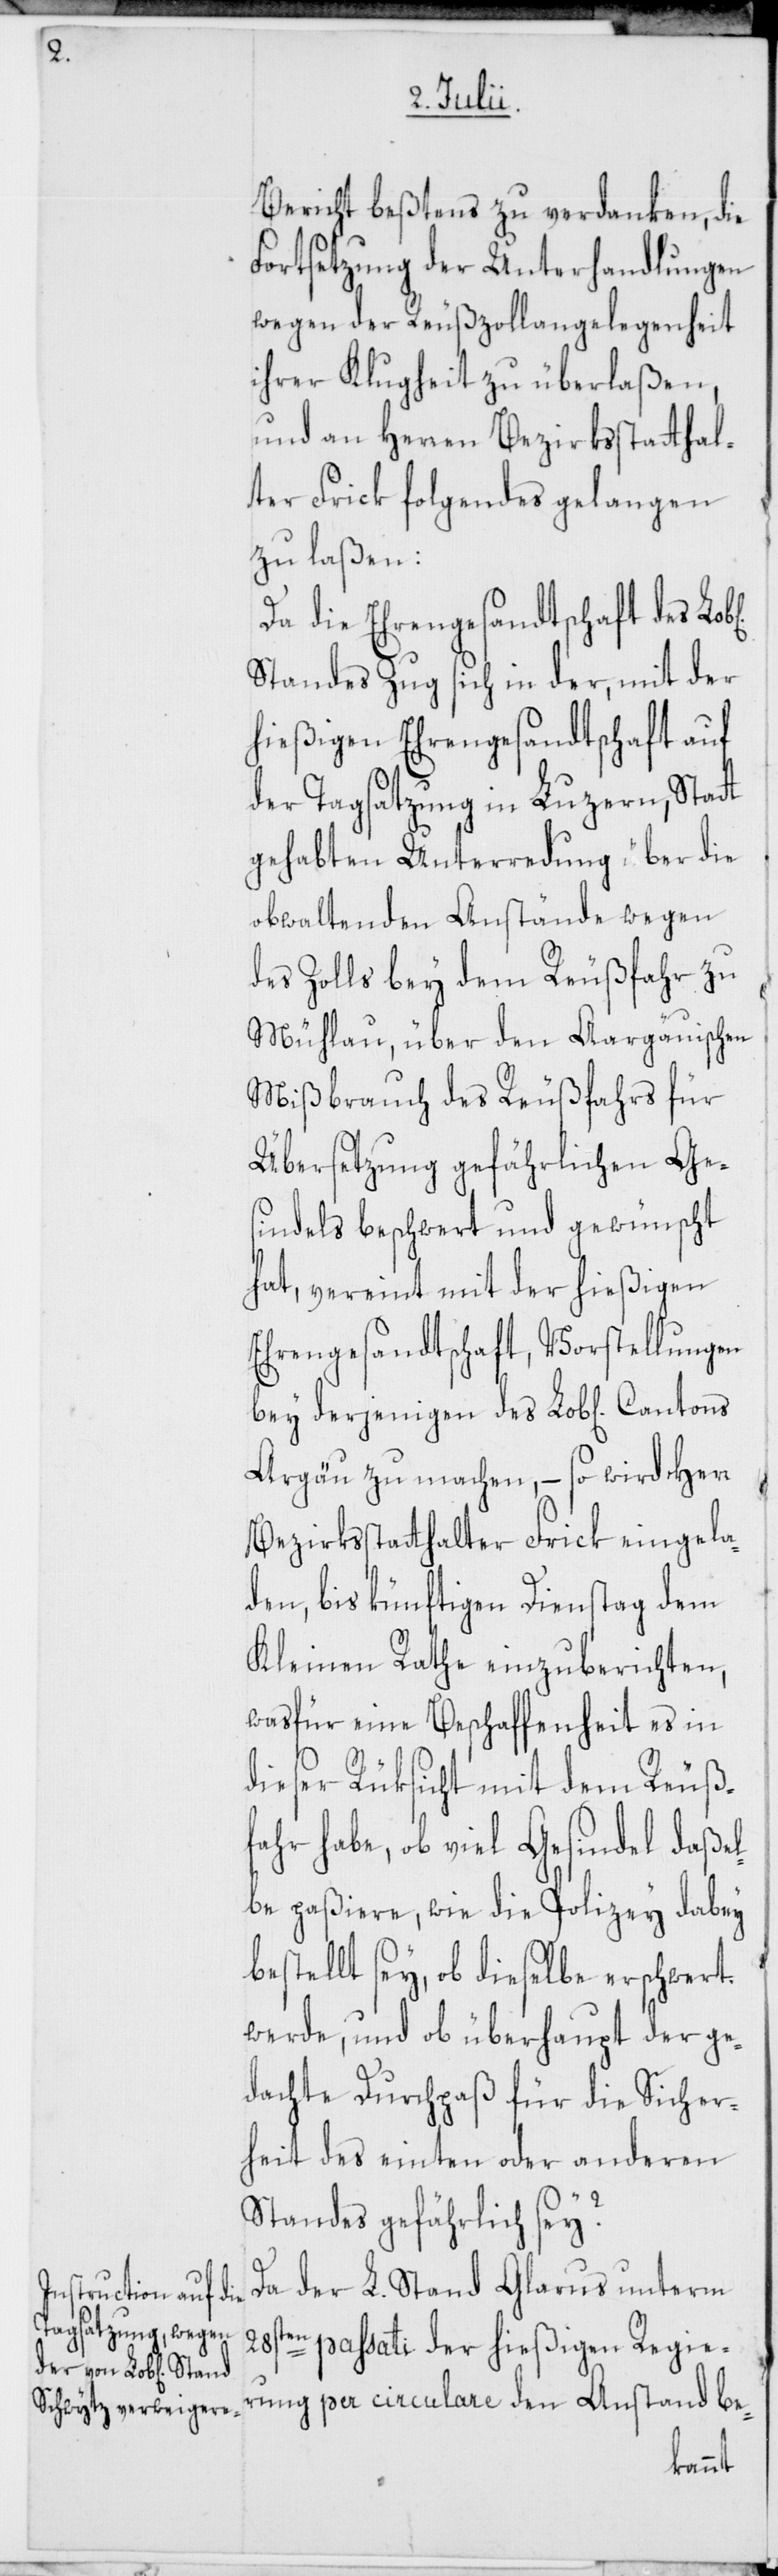
Bericht beßtens zu verdanken, die
Fortsetzung der Unterhandlungen
wegen der Reußzollangelegenheit
ihrer Klugheit zu überlaßen,
und an Herren Bezirksstatthal¬
ter Frick folgendes gelangen
zu laßen:
Da die Ehrengesandtschaft des
Standes Zug sich in der, mit der
hießigen Ehrengesandtschaft auf
der Tagsatzung in Luzern, Statt
gehabten Unterredung über die
obwaltenden Anstände wegen
des Zolls bey dem Reußfahr zu
Mühlau, über den Aargäuischen
Mißbrauch des Reußfahrs für
Übersetzung gefährlichen Ge¬
sindels beschwert und gewünscht
hat, vereint mit der hießigen
Ehrengesandtschaft, Vorstellungen
Argäu zu machen, – so wird Herr
Bezirksstatthalter Frick eingela¬
den, bis künftigen Dienstag dem
Kleinen Rathe einzuberichten,
was für eine Beschaffenheit es in
dieser Rüksicht mit dem Reuß¬
fahr habe, ob viel Gesindel daßel¬
be paßiere, wie die Polizey dabey
bestellt sey, ob dieselbe erschwert
werde, und ob überhaupt der ge¬
dachte Durchpaß für die Sicher¬
heit des einten oder anderen
Standes gefährlich sey?
Da der L. Stand Glarus unterm
28sten passati der hießigen Regie¬
rung per circulare den Anstand be-